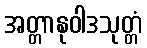
အတ္တာနုဝါဒသုတ္တံ